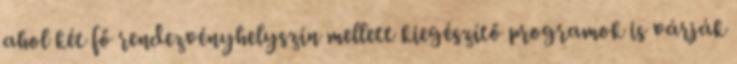
ahol két fő rendezvényhelyszín mellett kiegészítő programok is várják